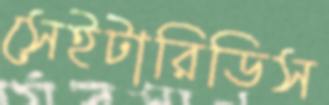
সেইটারিডিস